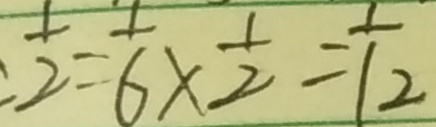
: \frac { 1 } { 2 } = \frac { 1 } { 6 } \times \frac { 1 } { 2 } = \frac { 1 } { 1 2 }